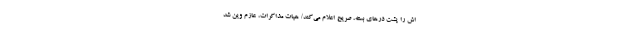
اش را پشت درهای بسته، صریح اعلام می‌کند/ هیات مذاکرات، عازم وین شد